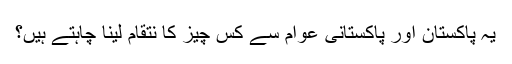
یہ پاکستان اور پاکستانی عوام سے کس چیز کا نتقام لینا چاہتے ہیں؟